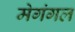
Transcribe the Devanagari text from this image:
मेगंगल